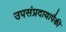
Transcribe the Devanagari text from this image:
उपसंप्रदायापैकी